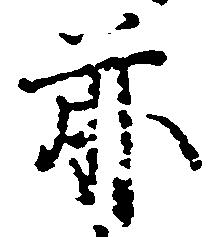
前